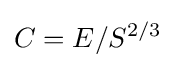
C=E/S^{2/3}